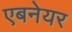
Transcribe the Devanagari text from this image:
एबनेयर